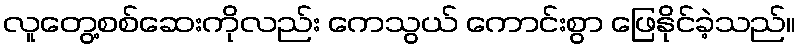
လူတွေ့စစ်ဆေးကိုလည်း ကေသွယ် ကောင်းစွာ ဖြေနိုင်ခဲ့သည်။